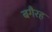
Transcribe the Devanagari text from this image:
बगैरह